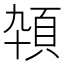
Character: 𱂕